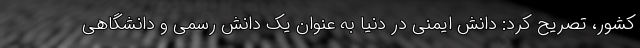
کشور، تصریح کرد: دانش ایمنی در دنیا به عنوان یک دانش رسمی و دانشگاهی